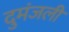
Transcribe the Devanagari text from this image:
दुमंजली